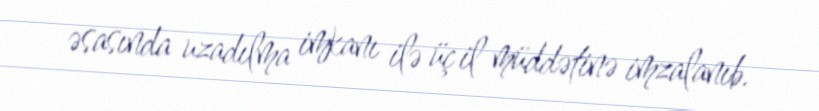
əsasında uzadılma imkanı ilə üç il müddətinə imzalanıb.